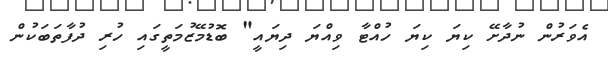
އެވަރުން ނުދާށޭ ކިޔަ ކިޔަ ހުއްޓާ ވިއްޔަ ދިޔައީ" ބޮޑުމޭޒުމަތީގައި ހުރި ދުފާތަބަކުން